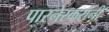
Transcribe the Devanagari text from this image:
पारनेरकरांनी